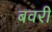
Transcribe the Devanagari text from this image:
बवरी